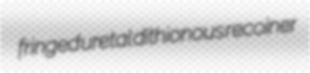
fringed uretal dithionous recoiner